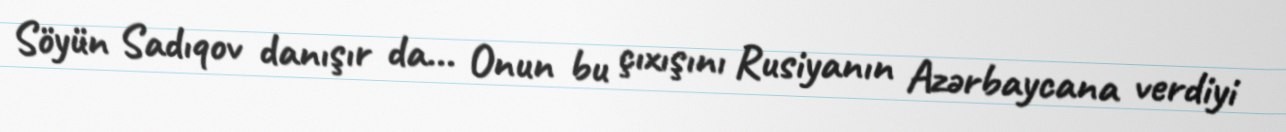
Söyün Sadıqov danışır da... Onun bu çıxışını Rusiyanın Azərbaycana verdiyi